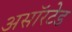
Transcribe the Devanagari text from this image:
असॉरटेड